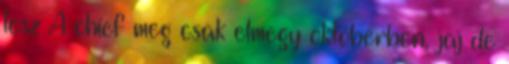
lesz A chief meg csak elmegy októberben, jaj de